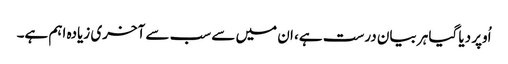
اُوپر دیا گیا ہر بیان درست ہے، ان میں سے سب سے آخری زیادہ اہم ہے۔